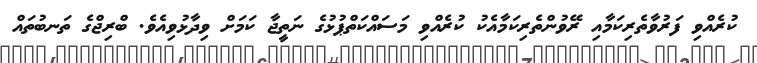
ކުރެއްވި ފަރުވާތެރިކަމާއި ރޭވުންތެރިކަމާއެކު ކުރެއްވި މަސައްކަތްޕުޅުގެ ނަތީޖާ ކަމަށް ވިދާޅުވިއެވެ. ބްރިޖްގެ ތަނބުތައް